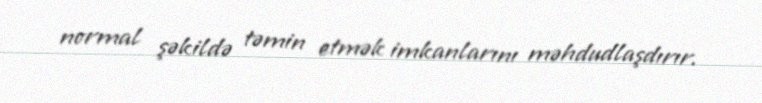
normal şəkildə təmin etmək imkanlarını məhdudlaşdırır.